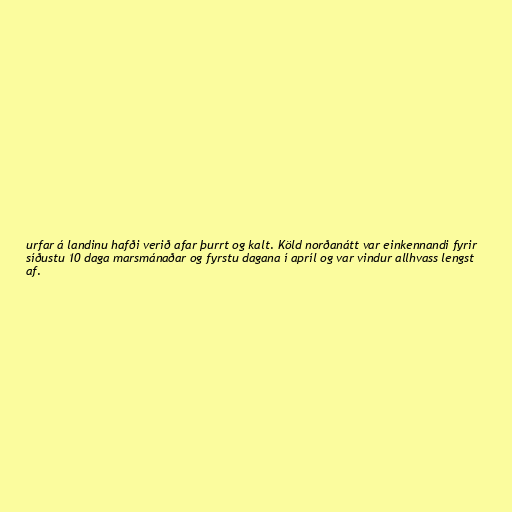
urfar á landinu hafði verið afar þurrt og kalt. Köld norðanátt var einkennandi fyrir
síðustu 10 daga marsmánaðar og fyrstu dagana í apríl og var vindur allhvass lengst
af.